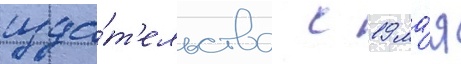
изда́т'ельства с 19 ма́я